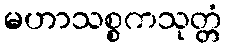
မဟာသစ္စကသုတ္တံ